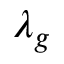
\lambda _ { g }